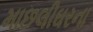
માછલીઘરના